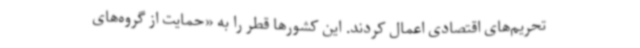
تحریم‌های اقتصادی اعمال کردند. این کشورها قطر را به «حمایت از گروه‌های